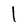
Character: 1